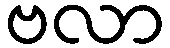
ဗလာ